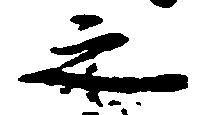
之